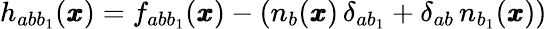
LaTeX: h_{ab{b}_{1}}({\pmb x})=f_{ab{b}_{1}}({\pmb x})-\left(n_{b}({\pmb x})\, \delta_{ab_{1}}+\delta_{ab}\, n_{b_{1}}({\pmb x})\right)